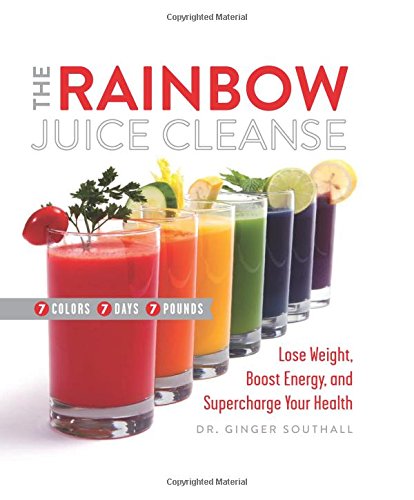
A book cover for The Rainbow Juice Cleanse: Lose Weight, Boost Energy, and Supercharge Your Health; Ginger Southall  D.C.; Cookbooks, Food & Wine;